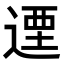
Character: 𨕅